Vaccination in Bombay 1924-1928 - 1924-1928
Year: 1924
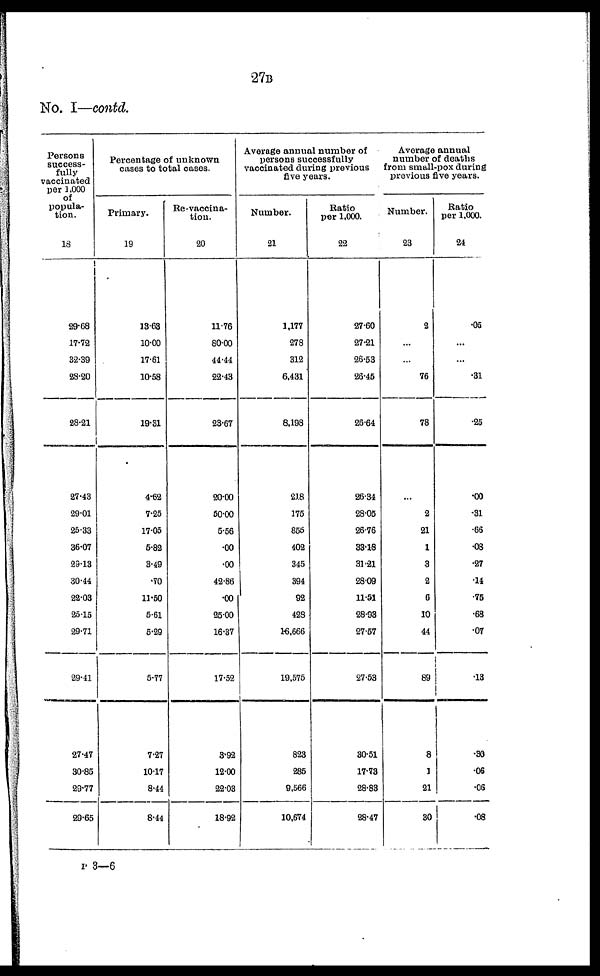
27B
No. I—contd.
Persons
success-
fully
vaccinated
per 1,000
of
popula-
tion.
18
29.68
17.72
32.39
28.20
28.21
27.43
29.01
25.33
36.07
29.13
30.44
22.03
25.15
29.71
29.41
27.47
30.85
29.77
29.65
Percentage of unknown
cases to total cases.
Primary.
19
13.63
10.00
17.61
10.58
19.31
4.62
7.25
17.05
5.82
3.49
.70
11.50
5.61
5.29
5.77
7.27
10.17
8.44
8.44
Re-vaccina-
tion.
20
11.76
80.00
44.44
22.43
23.67
20.00
50.00
5.56
.00
.00
42.86
.00
25.00
16.37
17.52
3.92
12.00
22.03
18.92
Average annual number of
persons successfully
vaccinated during previous
five years.
Number.
21
1,177
278
312
6,431
8,198
218
175
855
402
345
394
92
428
16,666
19,575
823
285
9,566
10,674
Ratio
per 1,000.
22
27.60
27.21
26.53
26.45
26.64
26.34
28.05
26.76
33.18
31.21
28.09
11.51
28.93
27.57
27.53
30.51
17.73
28.83
28.47
Average annual
number of deaths
from small-pox during
previous five years.
Number.
23
2
...
...
76
78
...
2
21
1
3
2
6
10
44
89
8
1
21
30
Ratio
per 1,000.
24
.05
...
...
.31
.25
.00
.31
.66
.08
.27
.14
.75
.68
.07
.13
.30
.06
.06
.08
P 3—6